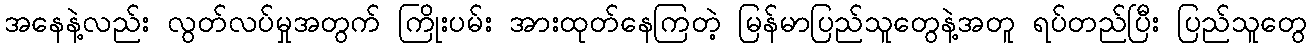
အနေနဲ့လည်း လွတ်လပ်မှုအတွက် ကြိုးပမ်း အားထုတ်နေကြတဲ့ မြန်မာပြည်သူတွေနဲ့အတူ ရပ်တည်ပြီး ပြည်သူတွေ